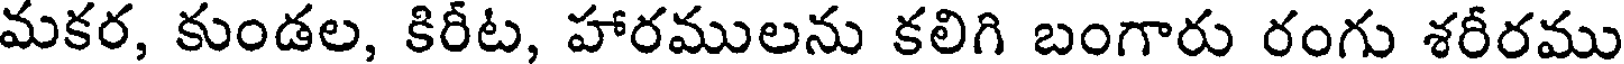
మకర, కుండల, కిరీట, హారములను కలిగి బంగారు రంగు శరీరము